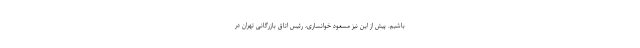
باشیم. پیش از این نیز مسعود خوانساری، رئیس اتاق بازرگانی تهران در